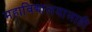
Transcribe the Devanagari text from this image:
महाविद्यालयालाही